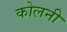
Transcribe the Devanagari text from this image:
कोलनी